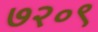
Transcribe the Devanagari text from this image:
७२०९